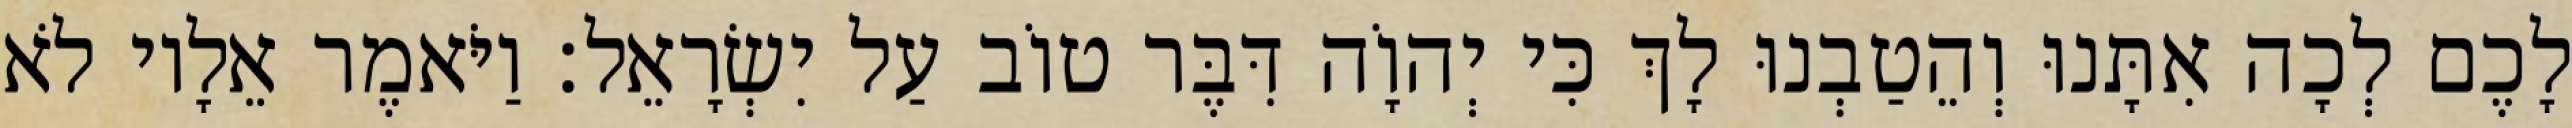
לָכֶם לְכָה אִתָּנוּ וְהֵטַבְנוּ לָךְ כִּי יְהוָֹה דִּבֶּר טוֹב עַל יִשְׂרָאֵל׃ וַיֹּאמֶר אֵלָיו לֹא